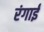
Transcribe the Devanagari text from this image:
रंगाईं